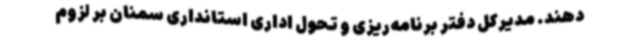
دهند. مدیرکل دفتر برنامه‌ریزی و تحول اداری استانداری سمنان بر لزوم